Some observations on the morphology and mechanism of the parts in the orthorrapha - Number 58
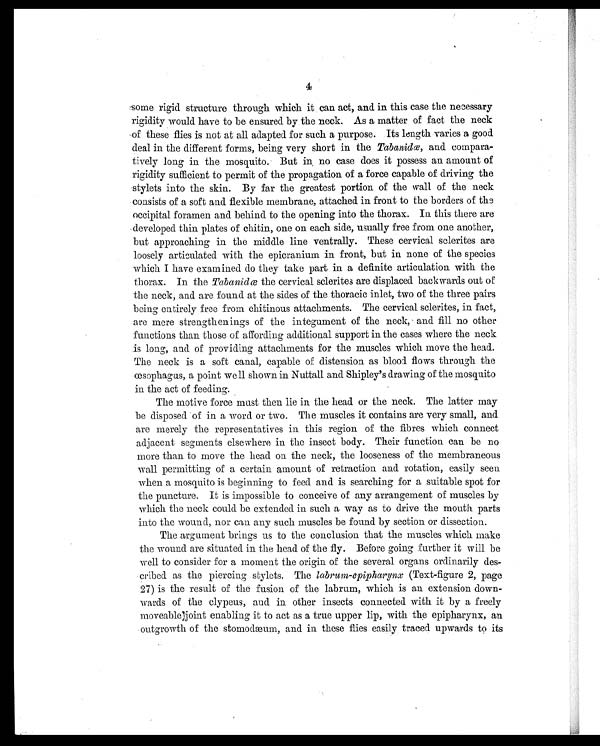
4
some rigid structure through which it can act and, in this case the necessary
rigidity would have to be ensured by the neck. As a matter of fact the neck
of these flies is not at all adapted for such a purpose. Its length varies a good
deal in the different forms, being very short in the Tabanidœ, and compara-
tively long in the mosquito. But in no case does it possess an amount of
rigidity sufficient to permit of the propagation of a force capable of driving the
stylets into the skin. By far the greatest portion of the wall of the neck
consists of a soft and flexible membrane, attached in front to the borders of the
occipital foramen and behind to the opening into the thorax. In this there are
developed thin plates of chitin, one on each side, usually free from one another,
but approaching in the middle line ventrally. These cervical sclerites are
loosely articulated with the epicranium in front, but in none of the species
which I have examined do they take part in a definite articulation with the
thorax. In the Tabanidœ the cervical sclerites are displaced backwards out of
the neck, and are found at the sides of the thoracic inlet, two of the three pairs
being entirely free from chitinous attachments. The cervical sclerites, in fact,
are mere strengthenings of the integument of the neck, and fill no other
functions than those of affording additional support in the cases where the neck
is long, and of providing attachments for the muscles which move the head.
The neck is a soft canal, capable of distension as blood flows through the
œsophagus, a point well shown in Nuttall and Shipley's drawing of the mosquito
in the act of feeding.
The motive force must then lie in the head. or the neck. The latter may
be disposed of in a word or two. The muscles it contains are very small, and
are merely the representatives in this region of the fibres which connect
adjacent segments elsewhere in the insect body. Their function can be no
more than to move the head on the neck, the looseness of the membraneous
wall permitting of a certain amount of retraction and rotation, easily seen
when a mosquito is beginning to feed and is searching for a suitable spot for
the puncture. It is impossible to conceive of any arrangement of muscles by
which the neck could be extended in such a way as to drive the mouth parts
into the wound, nor can any such muscles be found by section or dissection.
The argument brings us to the conclusion that the muscles which make
the wound are situated in the head of the fly. Before going further it will be
well to consider for a moment the origin of the several organs ordinarily des-
cribed as the piercing stylets. The labrum-epipharynx (Text-figure 2, page
27) is the result of the fusion of the labrum, which is an extension down-
wards of the clypeus, and in other insects connected with it by a freely
moveable joint enabling it to act as a true upper lip, with the epipharynx, an
outgrowth of the stomodæum, and in these flies easily traced upwards to its